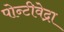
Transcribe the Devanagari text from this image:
पोन्टीवेद्रा